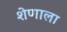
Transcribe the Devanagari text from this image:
शेणाला